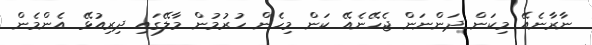
ނާރާނެއޭ މިކަން ދަންނަން ޖެހޭނެއޭ ކަން މިހެން ހުރުމުން މާލޭގައި ދިރިއުޅޭ އެންމެން